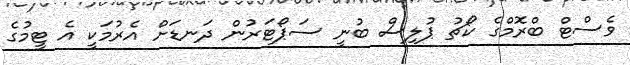
ވެސްޓް ބްރޮމްގެ ކޯޗު ޕުލިސް ބުނީ ސަޕޯޓަރުން ދަނޑަށް އެރުމަކީ އެ ޓީމުގެ